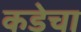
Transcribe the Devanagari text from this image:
कडेचा